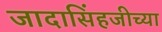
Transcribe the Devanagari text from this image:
जादासिंहजीच्या